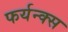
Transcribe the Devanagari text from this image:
फर्यन्क्स